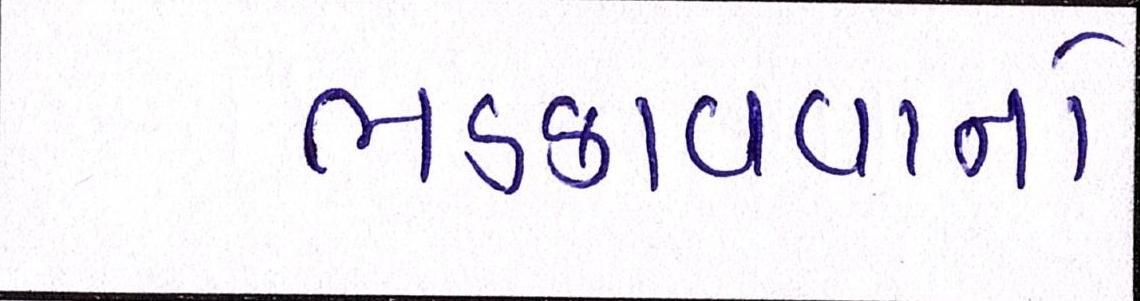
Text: ભડકાવવાનો